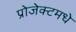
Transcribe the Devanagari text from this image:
प्रोजेक्टमधे